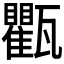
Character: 𱰔